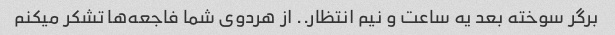
برگر سوخته بعد یه ساعت و نیم انتظار.. از هردوی شما فاجعه‌ها تشکر میکنم